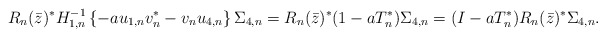
\begin{align*} R_n(\bar z)^* H_{1,n}^{-1} \left\{ -a u_{1,n} v_n^* - v_n u_{4,n} \right\} \Sigma_{4,n} &= R_n(\bar z)^* (1-aT_n^*) \Sigma_{4,n} = (I-aT_n^*) R_n(\bar z)^* \Sigma_{4,n}. \end{align*}